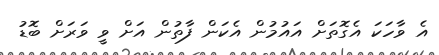
އެ ވާހަކަ އެގޮތަށް އައުމުން އެކަން ފާތުން އަށް ވީ ވަރަށް ބޮޑު